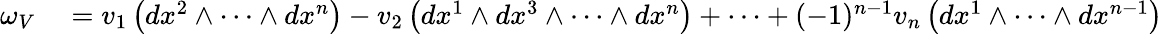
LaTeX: \begin{array}{rl}{\omega_{V}}&{{}=v_{1}\left(dx^{2}\wedge\cdots\wedge dx^{n}\right)-v_{2}\left(dx^{1}\wedge dx^{3}\wedge\cdots\wedge dx^{n}\right)+\cdots+(-1)^{n-1}v_{n}\left(dx^{1}\wedge\cdots\wedge dx^{n-1}\right)}\end{array}